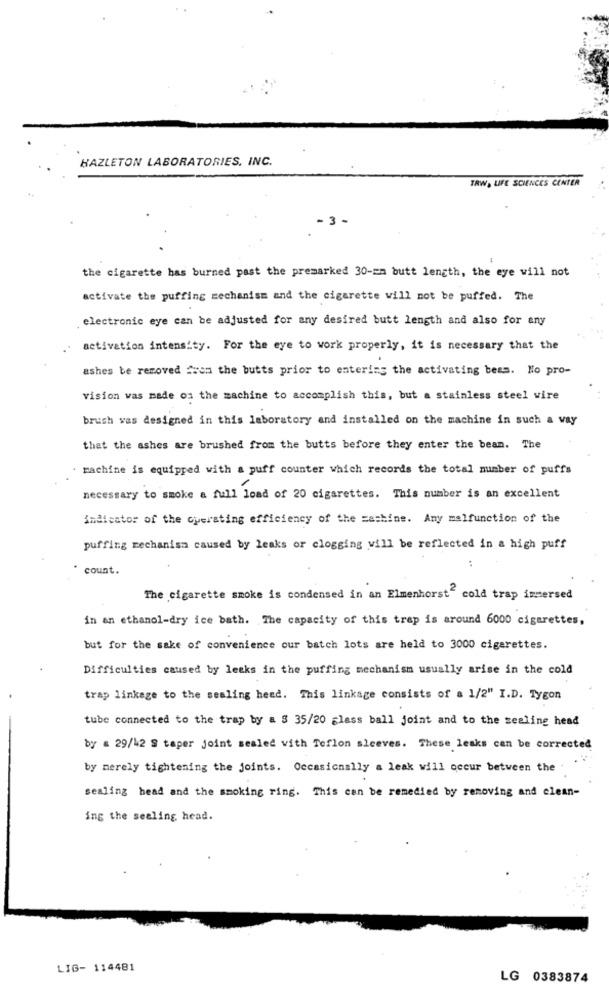
HAZLETON LABORATORIES, INC.
TRW, LIFE SCIENCES CENTER
-3-
the cigarette has burned past the premarked 30-zm butt length, the eye will not
activate the puffing mechanism and the cigarette will not be puffed. The
electronic eye can be adjusted for any desired butt length and also for any
activation intensity. For the eye to work properly, it is necessary that the
ashes be removed from the butts prior to entering the activating bees. Ho pro-
vision was made on the machine to accomplish this, but a stainless steel wire
brush was designed in this laboratory and installed on the machine in such a way
that the ashes are brushed from the butts before they enter the bean. The
machine is equipped with a puff counter which records the total number of puffs
necessary to smoke a full load of 20 cigarettes. This number is an excellent
indicator of the operating efficiency of the =ashine. Any malfunction of the
puffing mechanism caused by leaks or clogging will be reflected in a high puff
count.
The cigarette smoke is condensed in an Elmenhorst" cold trap immersed
in an ethanol-dry ice bath. The capacity of this trap is around 6000 cigarettes,
but for the sake of convenience our batch lots are held to 3000 cigarettes.
Difficulties caused by lecks in the puffing mechanism usually arise in the cold
trap linkage to the sealing heed. This linkage consists of a 1/2" I.D. Tygon
tube connected to the trap by a $ 35/20 glass ball joint and to the sealing head
by : 29/h2 S taper joint sealed with Teflon sleeves. These leaks can be corrected
by merely tightening the joints. Occasionally a leak will occur between the
sealing head and the smoking ring. This can be remedied by removing and clean-
ing the seeling head.
LIG- 114481
LG 0383874